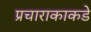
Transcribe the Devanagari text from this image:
प्रचाराकाकडे